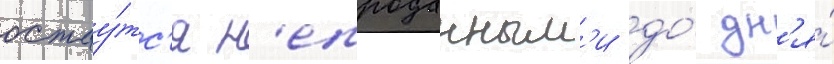
остау́тс'я н'епроданным'и до́ дн'я́